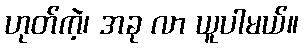
ဟုတ်ကဲ့၊ အခု လာ ယူပါမယ်။